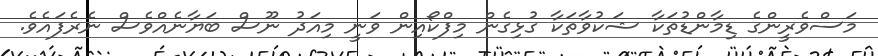
މަސްވެރީންގެ ޑިމާންޑުތަކާ ޝަކުވާތަކާ ގުޅިގެން މިފްކޯއިން ވަނީ މިއަދު ނޫސް ބަޔާނެއްވެސް ނެރެފައެވެ.